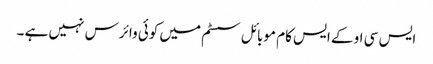
ایس سی او کے ایس کام موبائل سسٹم میں کوئی وائرس نہیں ہے ۔